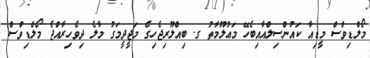
މޯލްޑިވްސް މީޑިއާ ކައުންސިލްއާއިބެހޭ މަޢުލޫމާތު ގ. ބިއްލޫރިޖެހިގެ މަޖީދީމަގު މާލެ ދިވެހިރާއްޖެ މޯލްޑިވްސް